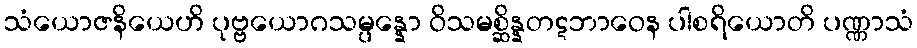
သံယောဇနိယေဟိ ပုဗ္ဗယောဂသမ္ပန္နော ဝိသမစ္ဆိန္နတဋဘာဝေန ပါစရိယောတိ ပဏ္ဏာသံ